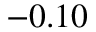
- 0 . 1 0